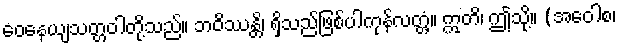
ဝေနေယျသတ္တဝါတို့သည်။ ဘဝိဿန္တိ၊ ရှိသည်ဖြစ်ပါကုန်လတ္တံ့။ ဣတိ၊ ဤသို့။ (အဝေါစ၊